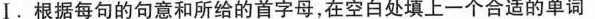
Ⅰ.根据每句的句意和所给的首字母,在空白处填上一个合适的单词